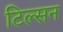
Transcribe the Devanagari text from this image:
टिल्सन